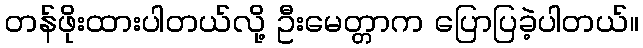
တန်ဖိုးထားပါတယ်လို့ ဦးမေတ္တာက ပြောပြခဲ့ပါတယ်။